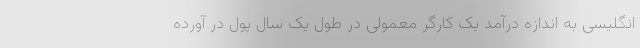
انگلیسی به اندازه درآمد یک کارگر معمولی در طول یک سال پول در آورده